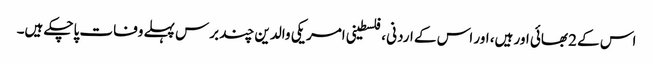
اس کے 2 بھائی اور ہیں، اور اس کے اردنی ،فلسطینی امریکی والدین چند برس پہلے وفات پاچکے ہیں۔